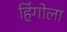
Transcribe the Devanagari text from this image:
हिंगोला